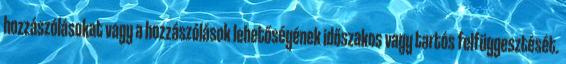
hozzászólásokat vagy a hozzászólások lehetőségének időszakos vagy tartós felfüggesztését.